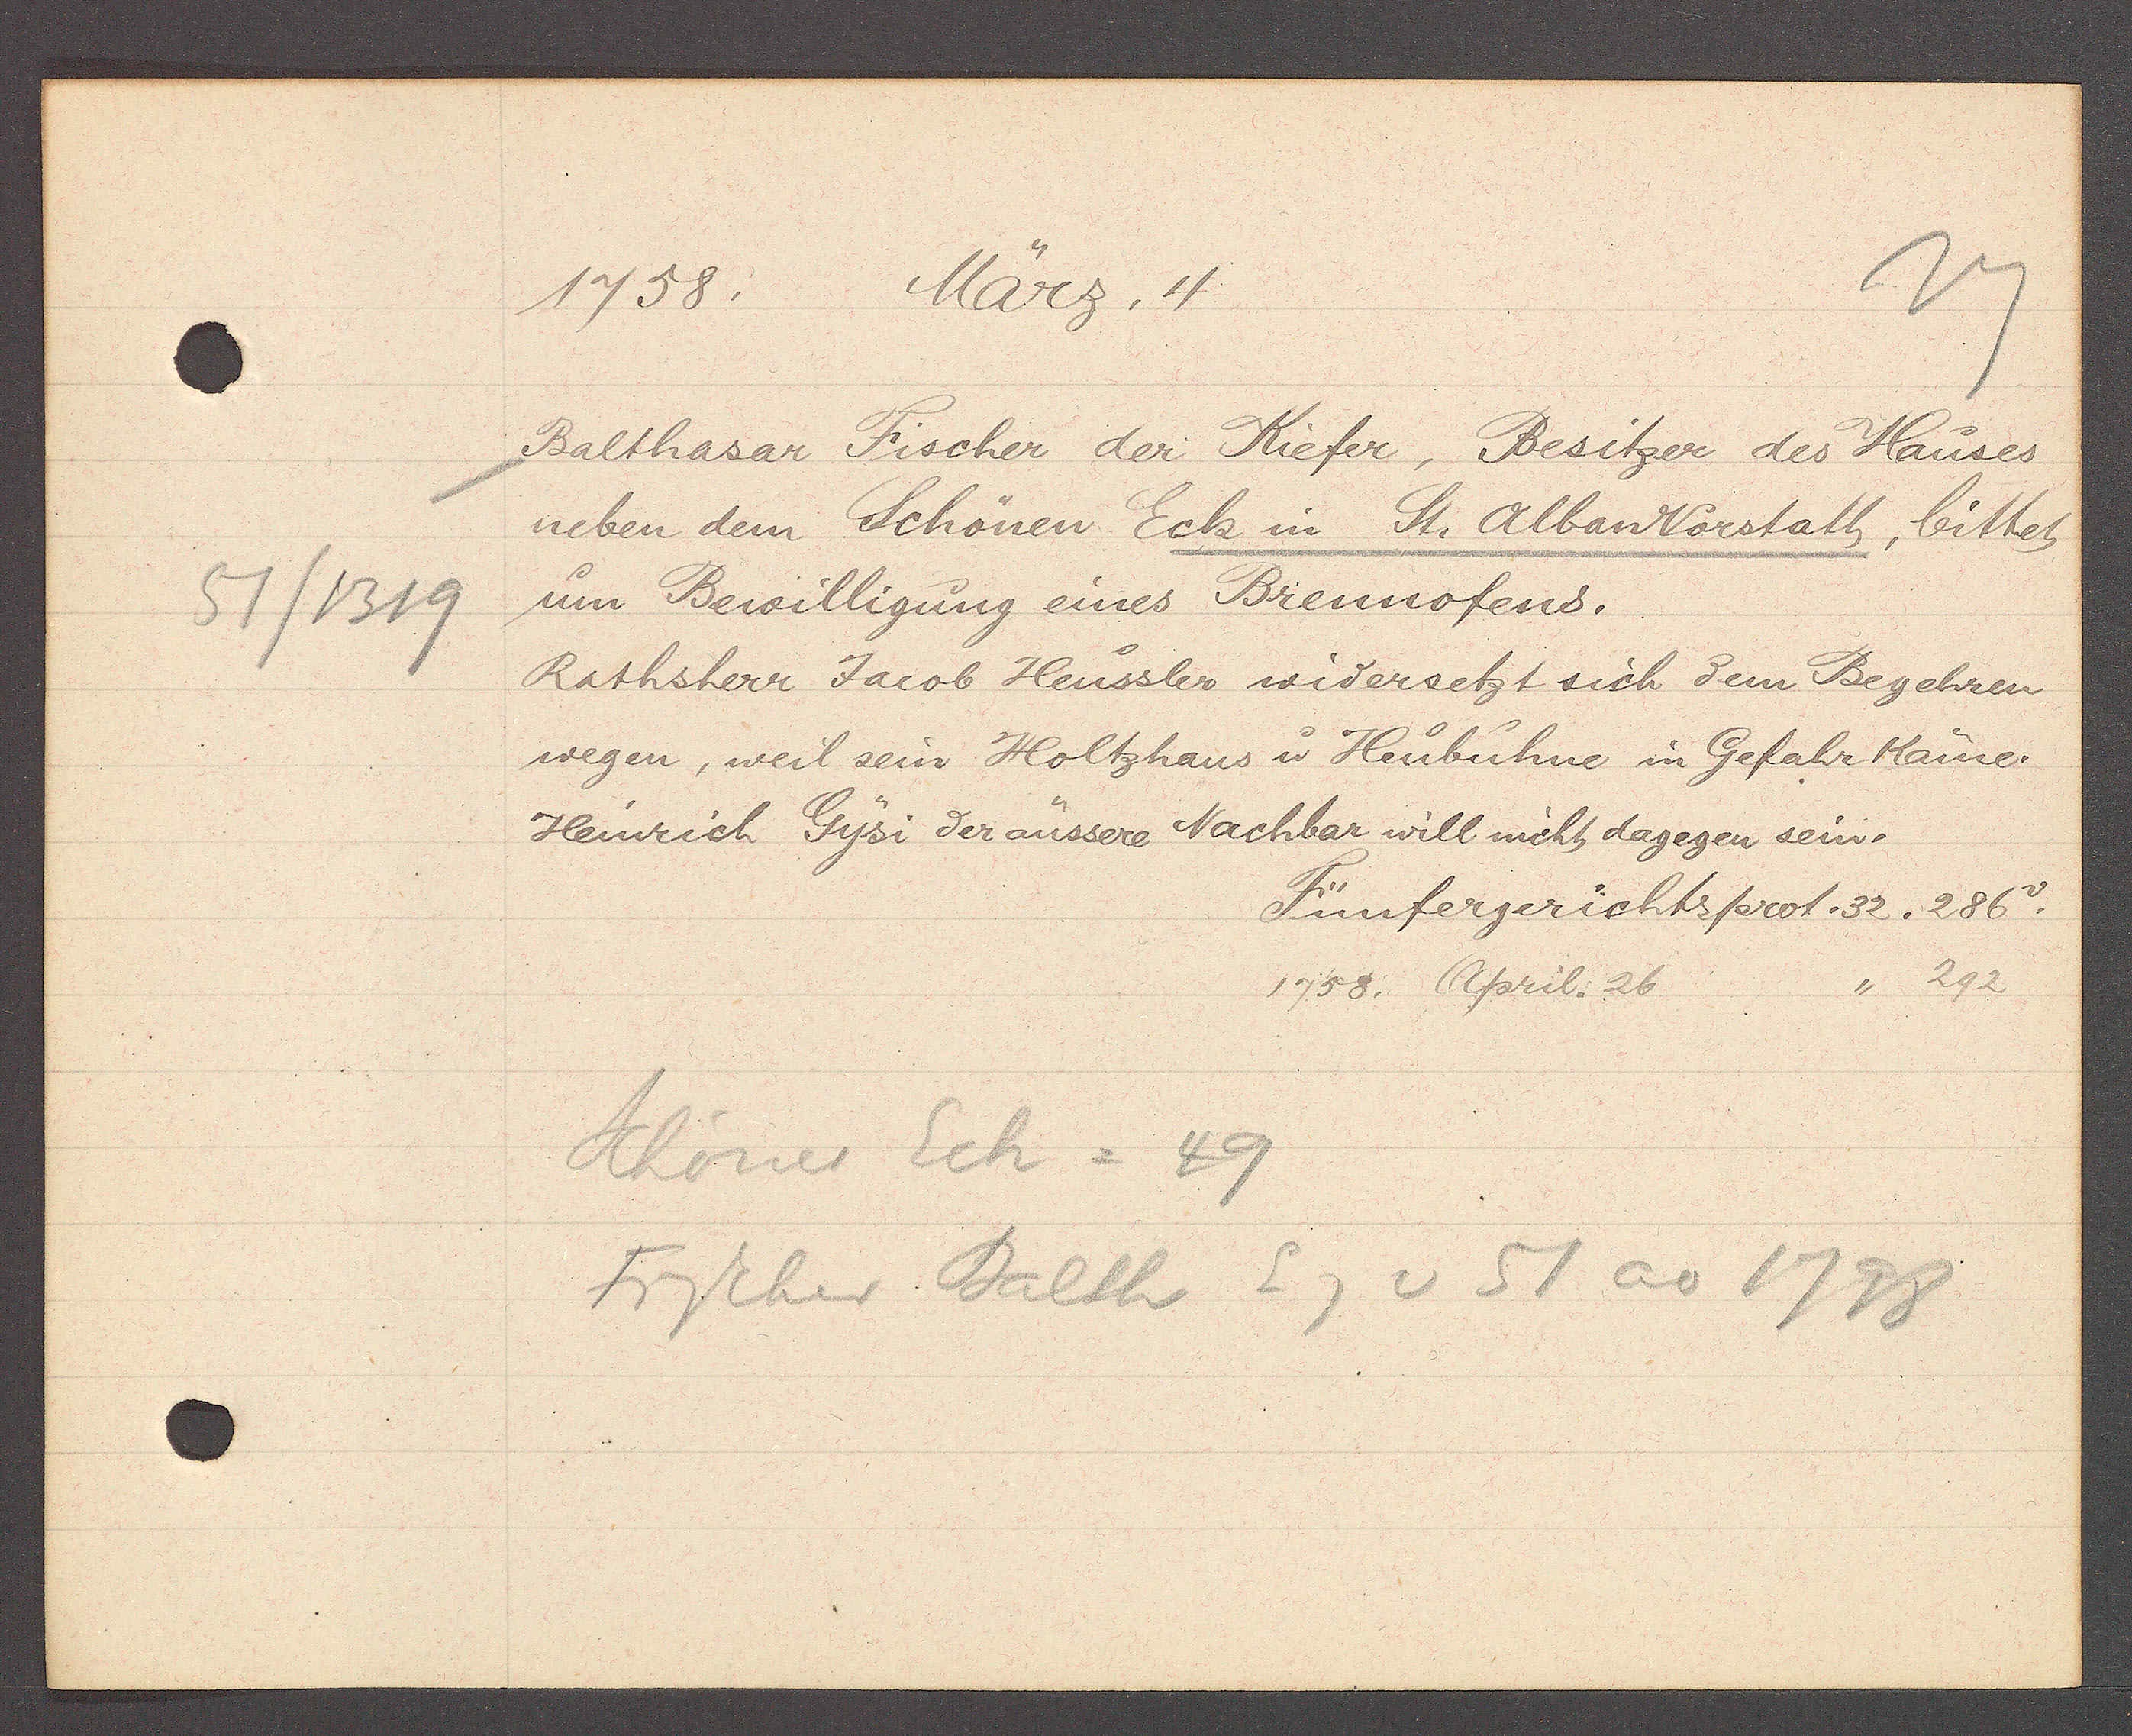
Transcript:
51/1319

1758. März, 4

Balthasar Fischer der Kiefer, Besitzer des Hauses
neben dem Schönen Eck in St. Alban Vorstatt, bittet
um Bewilligung eines Brennofens.
Rathsherr Jacob Heussler widersetzt sich zem Begehren
wegen, weil sein Holtzhaus u Heubühne in Gefahr käme.
Heinrich Gysi der äussere Nachbar will nicht dagegen sein.

Fünfergerichtsprot. 32. 286 v.
1758. April. 26,, 292

Schöner Eck = 49
Fischer Balth Eg v 51 ao 1798